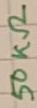
Text: 50KΩ